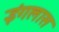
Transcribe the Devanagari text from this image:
इंगलास